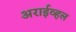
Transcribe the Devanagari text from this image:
अराईव्हल